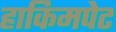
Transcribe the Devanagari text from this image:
हाकिमपेट